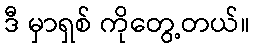
ဒီ မှာရှစ် ကိုတွေ့တယ်။